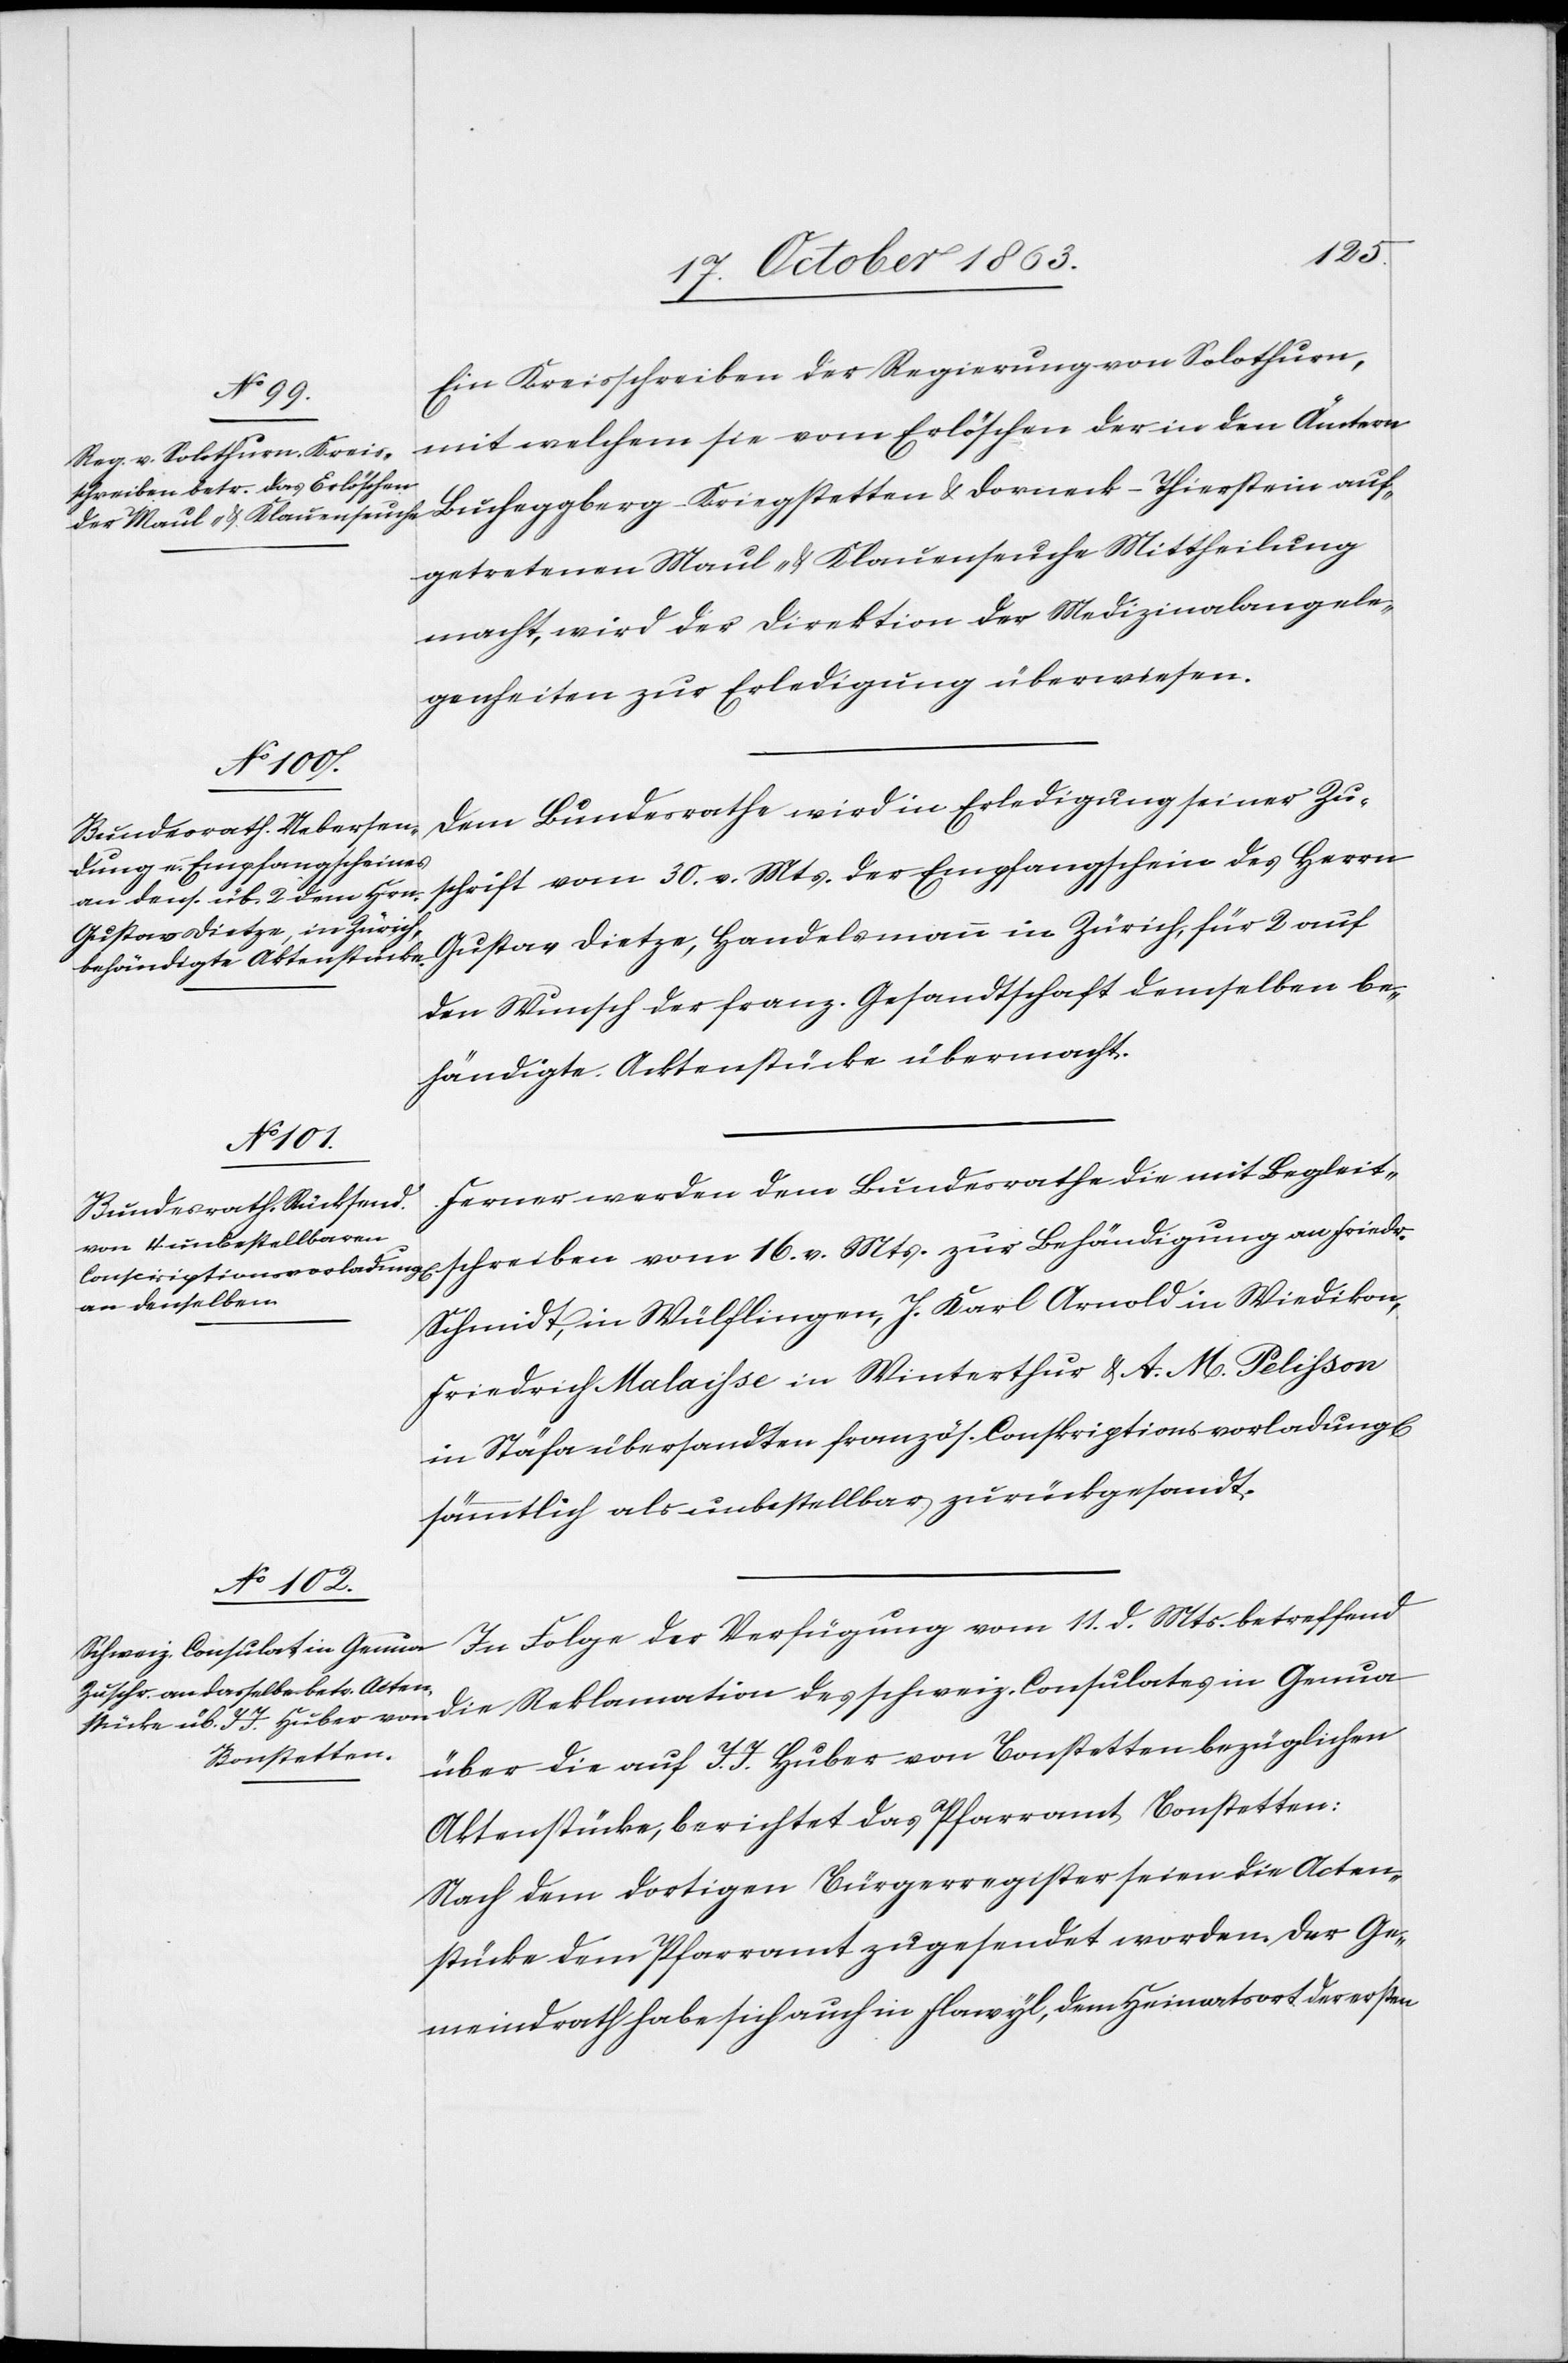
20. October 1863.]
Ein Kreisschreiben der Regierung von Solothurn,
mit welchem sie vom Erlöschen der in den Ämtern
Bucheggberg-Kriegstetten & Dorneck-Thierstein auf¬
getretenen Maul- & Klauenseuche Mittheilung
macht, wird der Direktion der Medizinalangele¬
genheiten zur Erledigung überwiesen.
Dem Bundesrathe wird in Erledigung seiner Zu¬
schrift vom 30. v. Mts. der Empfangschein des Herrn
Gustav Dietze, Handelsmann in Zürich für 2 auf
den Wunsch der franz. Gesandtschaft demselben be¬
händigte Acktenstücke übermacht.
Ferner werden dem Bundesrathe die mit Begleit¬
schreiben vom 16. v. Mts. zur Behändigung an Friedr.
Schmidt, in Wülflingen, J. Karl Arnold in Wiedikon,
Friedrich Malaisse in Winterthur & A. M. Pelisson
in Stäfa übersandten französ. Conskriptionsvorladung[en]
In Folge der Verfügung vom 11. d. Mts. betreffend
schweiz. Consulates in Genua
über die auf J. J. Huber von Bonstetten bezüglichen
Aktenstücke, berichtet das Pfarramt Bonstetten:
Nach dem dortigen Bürgerregister seien die Acten¬
stücke dem Pfarramt zugesendet worden. Der Ge¬
meindrath habe sich auch in Flawyl, dem Heimatort der ersten